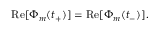
\mathrm { R e } [ \Phi _ { m } ( t _ { + } ) ] = \mathrm { R e } [ \Phi _ { m } ( t _ { - } ) ] .